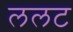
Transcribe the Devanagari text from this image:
ललट